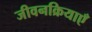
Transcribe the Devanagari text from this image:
जीवनक्रियाएँ